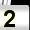
Digit: 2